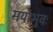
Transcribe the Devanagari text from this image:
मयोभुवः